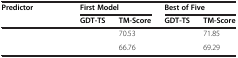
<table><thead><tr><td><b>Predictor</b></td><td colspan="2"><b>First Model</b></td><td colspan="2"><b>Best of Five</b></td></tr><tr><td>[EMPTY_CELL]</td><td><b>GDT-TS</b></td><td><b>TM-Score</b></td><td><b>GDT-TS</b></td><td><b>TM-Score</b></td></tr></thead><tbody><tr><td>[EMPTY_CELL]</td><td>[EMPTY_CELL]</td><td>70.53</td><td>[EMPTY_CELL]</td><td>71.85</td></tr><tr><td>[EMPTY_CELL]</td><td>[EMPTY_CELL]</td><td>66.76</td><td>[EMPTY_CELL]</td><td>69.29</td></tr></tbody></table>